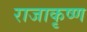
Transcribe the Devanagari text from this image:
राजाकृष्ण